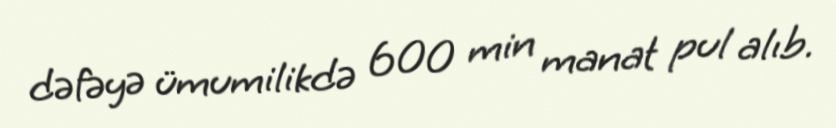
dəfəyə ümumilikdə 600 min manat pul alıb.